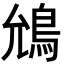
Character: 𮬯